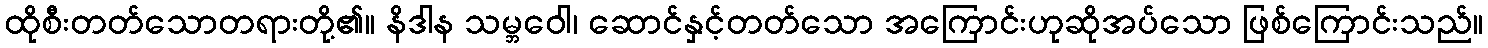
ထိုစီးတတ်သောတရားတို့၏။ နိဒါန သမ္ဘဝေါ၊ ဆောင်နှင့်တတ်သော အကြောင်းဟုဆိုအပ်သော ဖြစ်ကြောင်းသည်။